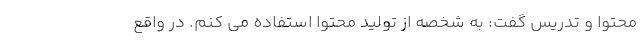
محتوا و تدریس گفت: به شخصه از تولید محتوا استفاده می کنم. در واقع